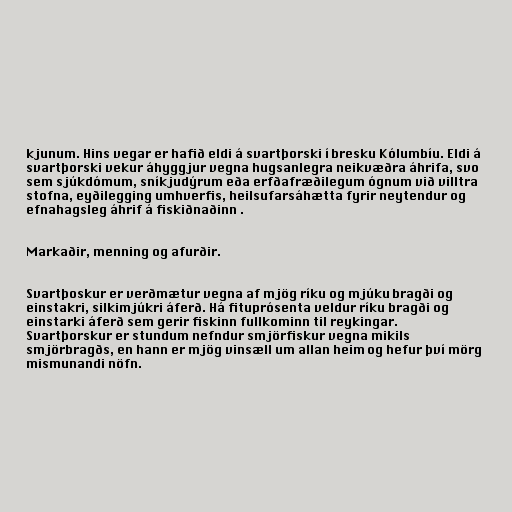
kjunum. Hins vegar er hafið eldi á svartþorski í bresku Kólumbíu. Eldi á
svartþorski vekur áhyggjur vegna hugsanlegra neikvæðra áhrifa, svo
sem sjúkdómum, sníkjudýrum eða erfðafræðilegum ógnum við villtra
stofna, eyðilegging umhverfis, heilsufarsáhætta fyrir neytendur og
efnahagsleg áhrif á fiskiðnaðinn .

Markaðir, menning og afurðir.

Svartþoskur er verðmætur vegna af mjög ríku og mjúku bragði og
einstakri, silkimjúkri áferð. Há fituprósenta veldur ríku bragði og
einstarki áferð sem gerir fiskinn fullkominn til reykingar.
Svartþorskur er stundum nefndur smjörfiskur vegna mikils
smjörbragðs, en hann er mjög vinsæll um allan heim og hefur því mörg
mismunandi nöfn.